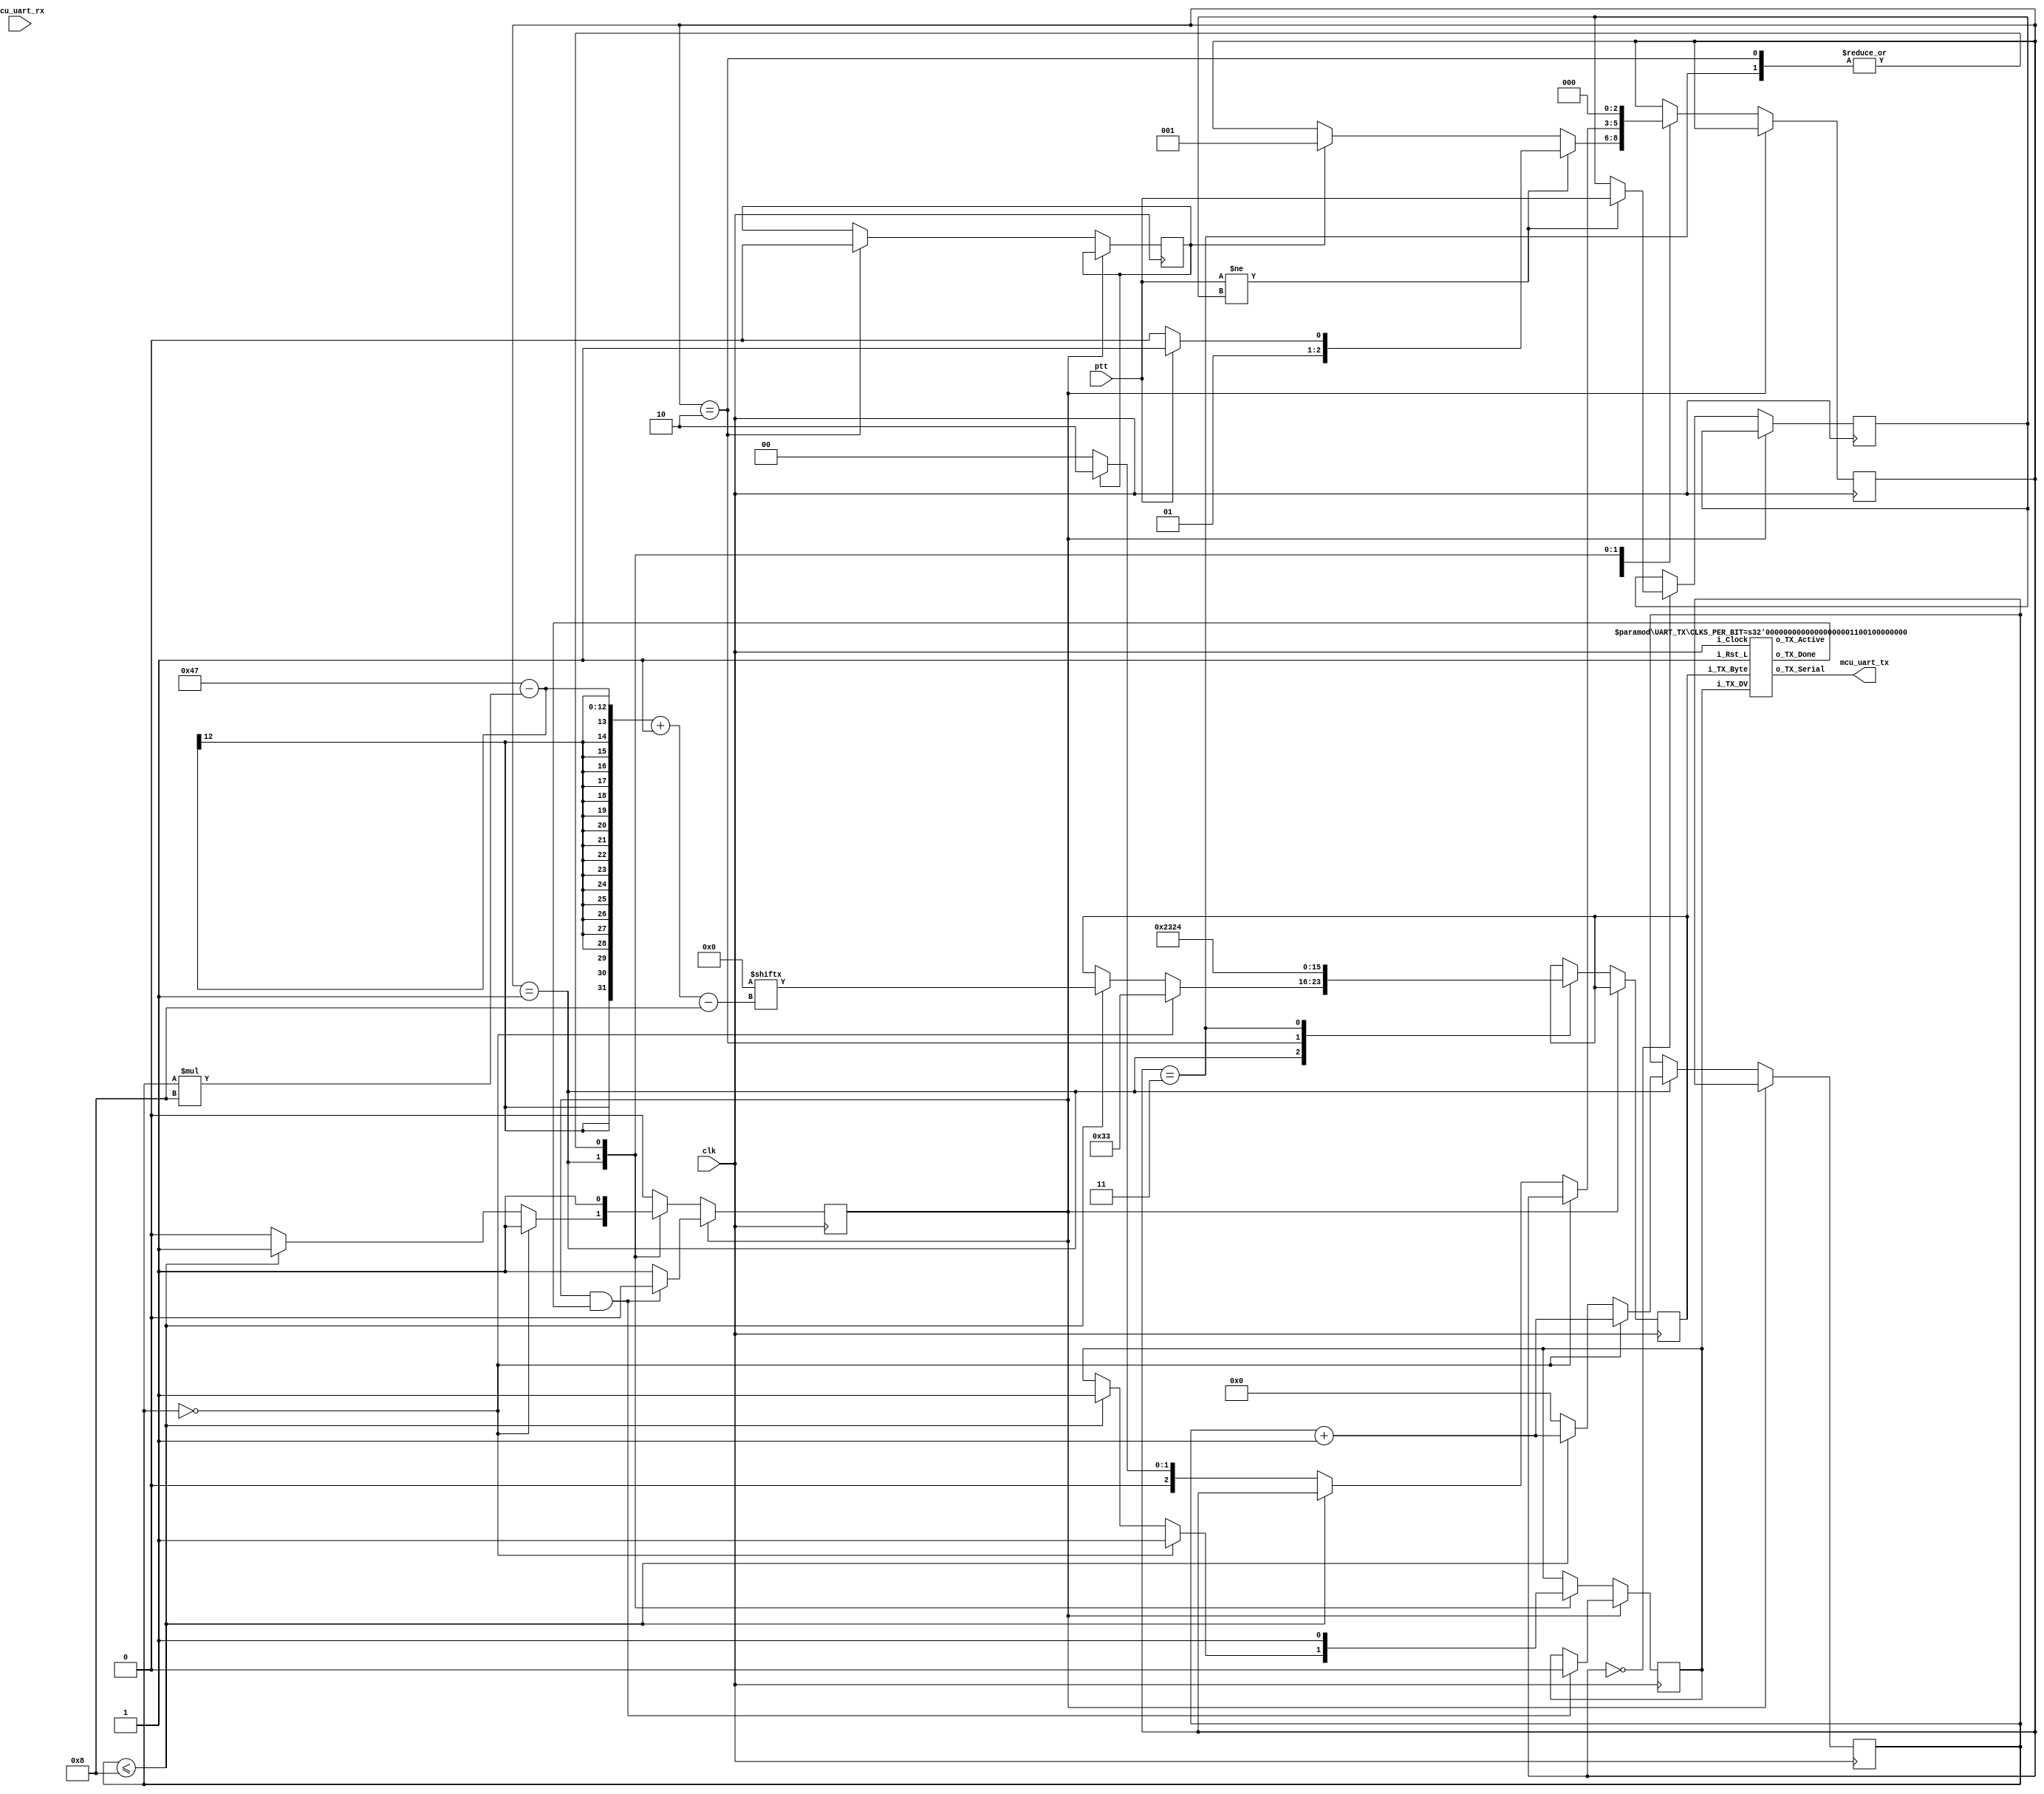
//
//  HPSDR - High Performance Software Defined Radio
//
//  Hermes code. 
//
//  This program is free software; you can redistribute it and/or modify
//  it under the terms of the GNU General Public License as published by
//  the Free Software Foundation; either version 2 of the License, or
//  (at your option) any later version.
//
//  This program is distributed in the hope that it will be useful,
//  but WITHOUT ANY WARRANTY; without even the implied warranty of
//  MERCHANTABILITY or FITNESS FOR A PARTICULAR PURPOSE.  See the
//  GNU General Public License for more details.
//
//  You should have received a copy of the GNU General Public License
//  along with this program; if not, write to the Free Software
//  Foundation, Inc., 59 Temple Place, Suite 330, Boston, MA  02111-1307  USA
//
//  Copyright 2020 Davide Gerhard IV3CVE

module mcu
#(parameter [63:0] fw_version = 64'b0)
(
	// 122.88 MHz
	input clk,
	
	// UART interface to MCU
	input  mcu_uart_rx,
	output mcu_uart_tx,
	
	// high when ptt is enabled
	input ptt
);


//**** UART declaration ****//
// the clock used divided by the UART speed
// calc: main clock (clk) divided by UART speed
// in this case: 122880000/9600
// since we are using as parameters 9600-8N1  = 12800
// since we are using as parameters 19200-8N1 = 6400
localparam uart_clock_per_bit = 6400;
// high when the byte is transmitted
wire uart_tx_done;
// high when the UART needs to send the byte
reg uart_tx_dv = 1'b0;
// byte to transmit through UART
reg [7:0] uart_tx_byte = 8'b0;
// high during tramission
wire uart_tx_active;

// instantiate the TX UART module
UART_TX #(.CLKS_PER_BIT(uart_clock_per_bit)) UART_TX_Inst
(
.i_Clock(clk),
.i_TX_DV(uart_tx_dv),
.i_TX_Byte(uart_tx_byte),
.o_TX_Active(uart_tx_active),
.o_TX_Serial(mcu_uart_tx),
.o_TX_Done(uart_tx_done),
.i_Rst_L(1'b1)
);

// waiting that trasmission has finished
reg send_waiting = 1'b0;

// UART TX status
localparam [2:0] TX_IDLE     = 3'd0;
localparam [2:0] TX_VERSION  = 3'd1;
localparam [2:0] TX_RADIO    = 3'd2;
localparam [2:0] TX_PTT      = 3'd3;

// state machine for the booting operation
reg [2:0] state_tx = TX_IDLE;

// variable to check if PTT has changed his status
reg ptt_old = 1'b0;

// just to send the radio stage at boot time
// we can got immediatelly to TX_RADIO since
// we need a cycle to initialize the UART module
reg first_start = 1'b1;

// counter used to track how many bytes we have sent within a state
reg [7:0] sent_bytes_counter = 8'b0;

// MCU TX FSM
always @(posedge clk)
begin
	if (~send_waiting)
	case (state_tx)
		TX_IDLE:
		begin
			if (ptt != ptt_old)
			begin
				ptt_old <= ptt;
				if (ptt)
					state_tx <= TX_PTT;
				else
					state_tx <= TX_RADIO;
			end
			else if (first_start)
				state_tx <= TX_VERSION;
		end
		
		TX_VERSION: // send version
		begin
			if (sent_bytes_counter == 0)
			begin
				// this is the radio version
				uart_tx_byte <= 8'h30 | 8'h03;
				uart_tx_dv <= 1'b1;
				send_waiting <= 1'b1;
				sent_bytes_counter <= sent_bytes_counter + 8'd1;
			end
			else if (sent_bytes_counter <= 8)
			begin
				uart_tx_byte <= fw_version[(71-(sent_bytes_counter*8))-:8];
				uart_tx_dv <= 1'b1;
				send_waiting <= 1'b1;
				sent_bytes_counter <= sent_bytes_counter + 8'd1;
			end
			// at the end go to the next stage
			else
			begin
				sent_bytes_counter <= 8'd0;
				if (first_start)
					state_tx <= TX_RADIO;
				else
					state_tx <= TX_IDLE;
			end
		end
		
		// we are in the radio stage (only RX)
		TX_RADIO:
		begin
			uart_tx_byte <= 8'h23;
			uart_tx_dv <= 1'b1;
			send_waiting <= 1'b1;
			state_tx <= TX_IDLE;
			if (first_start)
				first_start <= 1'b0;
		end
		
		// we are in transmission
		TX_PTT:
		begin
			uart_tx_byte <= 8'h24;
			uart_tx_dv <= 1'b1;
			send_waiting <= 1'b1;
			state_tx <= TX_IDLE;
		end
	endcase
			
	// send the next when we have sent the previous one
	else if (send_waiting & uart_tx_done)
	begin
		uart_tx_dv <= 1'b0;
		send_waiting <= 1'b0;
	end

end // always @(posedge clk)

endmodule



//////////////////////////////////////////////////////////////////////
// Git:         https://github.com/nandland/nandland
// License:     not found
//////////////////////////////////////////////////////////////////////
// This file contains the UART Transmitter.  This transmitter is able
// to transmit 8 bits of serial data, one start bit, one stop bit,
// and no parity bit.  When transmit is complete o_Tx_done will be
// driven high for one clock cycle.
//
// Set Parameter CLKS_PER_BIT as follows:
// CLKS_PER_BIT = (Frequency of i_Clock)/(Frequency of UART)
// Example: 25 MHz Clock, 115200 baud UART
// (25000000)/(115200) = 217
 
module UART_TX 
  #(parameter CLKS_PER_BIT = 217)
  (
   input       i_Rst_L,
   input       i_Clock,
   input       i_TX_DV,
   input [7:0] i_TX_Byte, 
   output reg  o_TX_Active,
   output reg  o_TX_Serial,
   output reg  o_TX_Done
   );
 
  localparam TX_IDLE      = 3'b000;
  localparam TX_START_BIT = 3'b001;
  localparam TX_DATA_BITS = 3'b010;
  localparam TX_STOP_BIT  = 3'b011;
  localparam TX_CLEANUP   = 3'b100;
  
  reg [2:0] t_SM_Main = TX_IDLE;
  reg [$clog2(CLKS_PER_BIT):0] t_Clock_Count;
  reg [2:0] t_Bit_Index;
  reg [7:0] t_TX_Data;


  // Purpose: Control TX state machine
  always @(posedge i_Clock or negedge i_Rst_L)
  begin
    if (~i_Rst_L)
    begin
      t_SM_Main <= 3'b000;
      o_TX_Done <= 1'b0;
    end
    else
    begin
      case (t_SM_Main)
      TX_IDLE :
        begin
          o_TX_Serial   <= 1'b1;         // Drive Line High for Idle
          o_TX_Done     <= 1'b0;
          t_Clock_Count <= 0;
          t_Bit_Index   <= 0;
			 o_TX_Active   <= 1'b0;
          
          if (i_TX_DV == 1'b1)
          begin
            o_TX_Active <= 1'b1;
            t_TX_Data   <= i_TX_Byte;
            t_SM_Main   <= TX_START_BIT;
          end
          else
            t_SM_Main <= TX_IDLE;
        end // case: IDLE
      
      
      // Send out Start Bit. Start bit = 0
      TX_START_BIT :
        begin
          o_TX_Serial <= 1'b0;
          
          // Wait CLKS_PER_BIT-1 clock cycles for start bit to finish
          if (t_Clock_Count < CLKS_PER_BIT-1)
          begin
            t_Clock_Count <= t_Clock_Count + 1;
            t_SM_Main     <= TX_START_BIT;
          end
          else
          begin
            t_Clock_Count <= 0;
            t_SM_Main     <= TX_DATA_BITS;
          end
        end // case: TX_START_BIT
      
      
      // Wait CLKS_PER_BIT-1 clock cycles for data bits to finish         
      TX_DATA_BITS :
        begin
          o_TX_Serial <= t_TX_Data[t_Bit_Index];
          
          if (t_Clock_Count < CLKS_PER_BIT-1)
          begin
            t_Clock_Count <= t_Clock_Count + 1;
            t_SM_Main     <= TX_DATA_BITS;
          end
          else
          begin
            t_Clock_Count <= 0;
            
            // Check if we have sent out all bits
            if (t_Bit_Index < 7)
            begin
              t_Bit_Index <= t_Bit_Index + 1;
              t_SM_Main   <= TX_DATA_BITS;
            end
            else
            begin
              t_Bit_Index <= 0;
              t_SM_Main   <= TX_STOP_BIT;
            end
          end 
        end // case: TX_DATA_BITS
      
      
      // Send out Stop bit.  Stop bit = 1
      TX_STOP_BIT :
        begin
          o_TX_Serial <= 1'b1;
          
          // Wait CLKS_PER_BIT-1 clock cycles for Stop bit to finish
          if (t_Clock_Count < CLKS_PER_BIT-1)
          begin
            t_Clock_Count <= t_Clock_Count + 1;
            t_SM_Main     <= TX_STOP_BIT;
          end
          else
          begin
            o_TX_Done     <= 1'b1;
            t_Clock_Count <= 0;
            t_SM_Main     <= TX_CLEANUP;
            o_TX_Active   <= 1'b0;
          end 
        end // case: TX_STOP_BIT
      
      
      // Stay here 1 clock
      TX_CLEANUP :
        begin
          o_TX_Done <= 1'b1;
          t_SM_Main <= TX_IDLE;
        end
      
      
      default :
        t_SM_Main <= TX_IDLE;
      
    endcase
    end // else: !if(~i_Rst_L)
  end // always @ (posedge i_Clock or negedge i_Rst_L)
endmodule